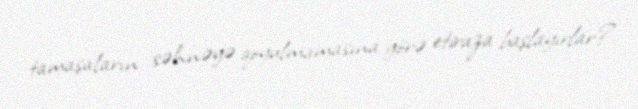
tamaşaların səhnəyə qoyulmamasına görə etiraza başlayırlar?.